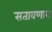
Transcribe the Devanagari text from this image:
सतावणारा